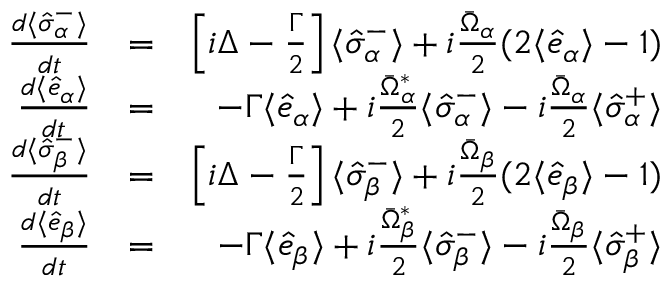
\begin{array} { r l r } { \frac { d \langle \hat { \sigma } _ { \alpha } ^ { - } \rangle } { d t } } & { = } & { \left[ i \Delta - \frac { \Gamma } { 2 } \right] \langle \hat { \sigma } _ { \alpha } ^ { - } \rangle + i \frac { \bar { \Omega } _ { \alpha } } { 2 } ( 2 \langle \hat { e } _ { \alpha } \rangle - 1 ) } \\ { \frac { d \langle \hat { e } _ { \alpha } \rangle } { d t } } & { = } & { - \Gamma \langle \hat { e } _ { \alpha } \rangle + i \frac { \bar { \Omega } _ { \alpha } ^ { * } } { 2 } \langle \hat { \sigma } _ { \alpha } ^ { - } \rangle - i \frac { \bar { \Omega } _ { \alpha } } { 2 } \langle \hat { \sigma } _ { \alpha } ^ { + } \rangle } \\ { \frac { d \langle \hat { \sigma } _ { \beta } ^ { - } \rangle } { d t } } & { = } & { \left[ i \Delta - \frac { \Gamma } { 2 } \right] \langle \hat { \sigma } _ { \beta } ^ { - } \rangle + i \frac { \bar { \Omega } _ { \beta } } { 2 } ( 2 \langle \hat { e } _ { \beta } \rangle - 1 ) } \\ { \frac { d \langle \hat { e } _ { \beta } \rangle } { d t } } & { = } & { - \Gamma \langle \hat { e } _ { \beta } \rangle + i \frac { \bar { \Omega } _ { \beta } ^ { * } } { 2 } \langle \hat { \sigma } _ { \beta } ^ { - } \rangle - i \frac { \bar { \Omega } _ { \beta } } { 2 } \langle \hat { \sigma } _ { \beta } ^ { + } \rangle } \end{array}